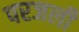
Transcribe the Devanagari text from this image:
परजली